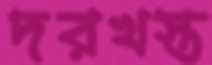
দরখস্ত